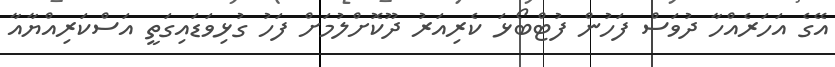
އޭގެ އަހަރެއްހާ ދުވަސް ފަހުން ފުޓްބޯޅަ ކެރިއަރު ދޫކޮށްލުމަށް ފަހު ގުޅިވަޑައިގަތީ އަސްކަރިއްޔާއާ